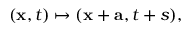
( \mathbf { x } , t ) \mapsto ( \mathbf { x } + \mathbf { a } , t + s ) ,